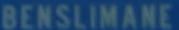
BENSILIMANE